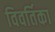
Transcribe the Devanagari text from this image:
विवर्तिका